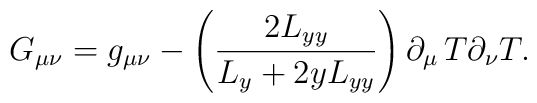
G_{\mu\nu} = g_{\mu \nu} - \left( \frac{2 L_{yy}}{L_y + 2 y L_{yy}}\right)\partial _\mu \thinspace T \partial _\nu T .